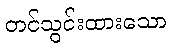
တင်သွင်းထားသော